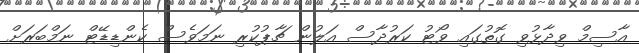
އާސިމް ވިދާޅުވި ގޮތުގައި ވޯޓު ކަރުދާސް އަލުން ޗާޕުކުރި ނަމަވެސް ކެންޑިޑޭޓް ނަމްބަރަށް